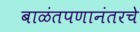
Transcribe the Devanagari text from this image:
बाळंतपणानंतरचे